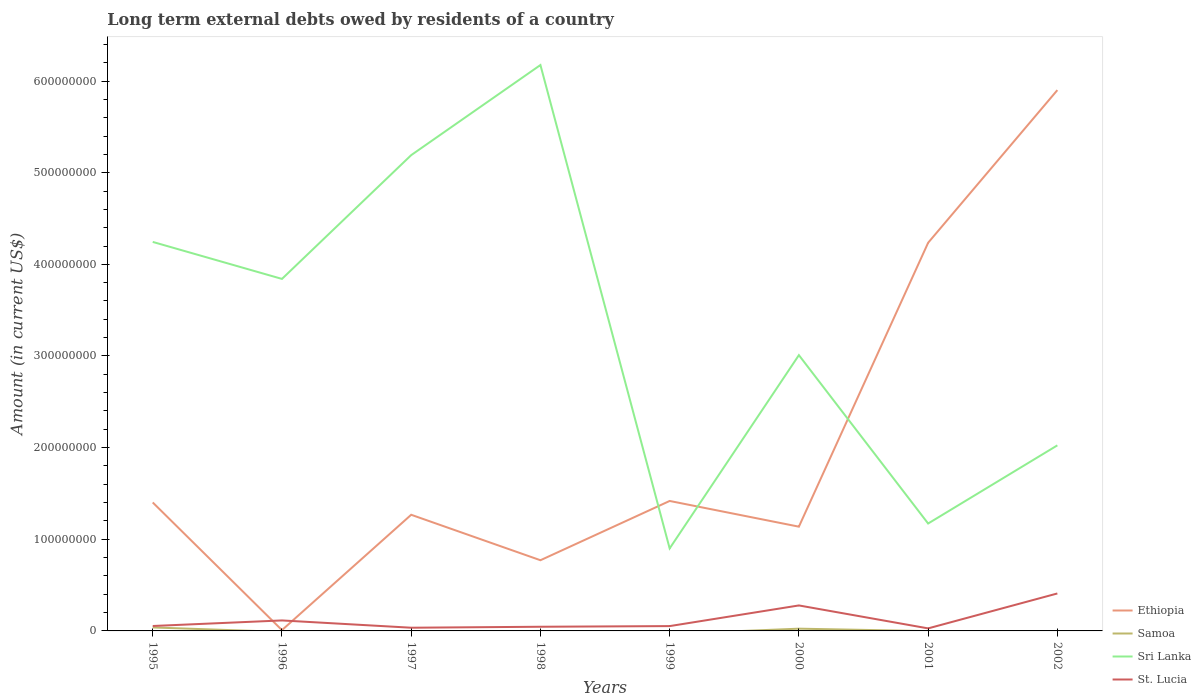
| Years | Ethiopia | Samoa | Sri Lanka | St. Lucia |
 | --- | --- | --- | --- | --- |
 | 1995 | 1.4e+08 | 3.79e+06 | 4.24e+08 | 5.36e+06 |
 | 1996 | 8.89e+05 | -1.04e+06 | 3.84e+08 | 1.14e+07 |
 | 1997 | 1.27e+08 | -1.33e+06 | 5.19e+08 | 3.5e+06 |
 | 1998 | 7.71e+07 | -8e+03 | 6.17e+08 | 4.56e+06 |
 | 1999 | 1.42e+08 | -3.3e+06 | 9e+07 | 5.26e+06 |
 | 2000 | 1.14e+08 | 2.46e+06 | 3.01e+08 | 2.78e+07 |
 | 2001 | 4.24e+08 | -2e+05 | 1.17e+08 | 2.76e+06 |
 | 2002 | 5.9e+08 | -7.43e+05 | 2.02e+08 | 4.09e+07 |